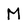
Character: M